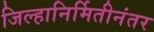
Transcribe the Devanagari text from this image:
जिल्हानिर्मितीनंतर